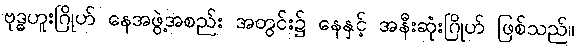
ဗုဒ္ဓဟူးဂြိုဟ် နေအဖွဲ့အစည်း အတွင်း၌ နေနှင့် အနီးဆုံးဂြိုဟ် ဖြစ်သည်။